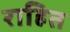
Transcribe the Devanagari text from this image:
राहित